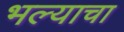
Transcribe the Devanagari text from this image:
भल्याचा